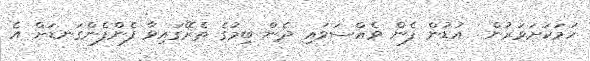
ހަމަކަށަވަރުން  އުޑުން ފެން ވެއްސަވައި ދެން ބިމުގެ ތެރޭގައިވާ ފެންފެންގަނޑަށް އެ